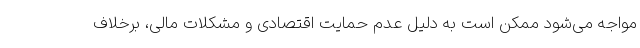
مواجه می‌شود ممکن است به دلیل عدم حمایت اقتصادی و مشکلات مالی، برخلاف